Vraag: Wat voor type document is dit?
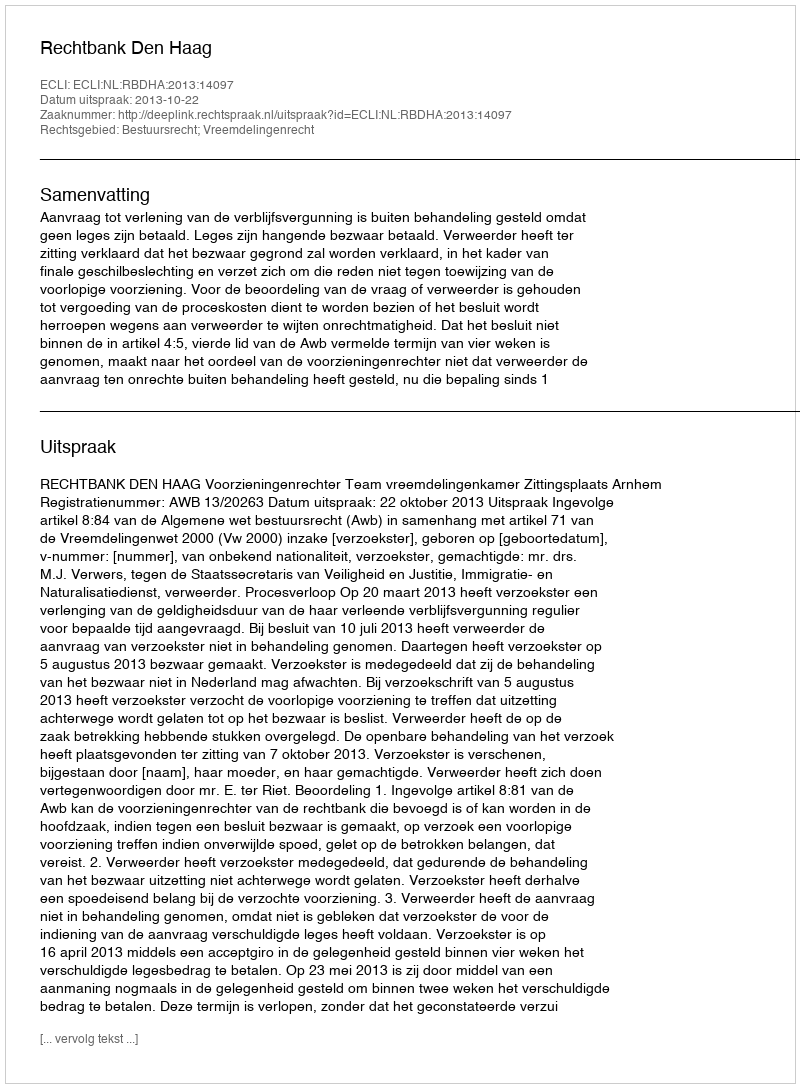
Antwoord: Uitspraak